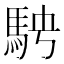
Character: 𩢆